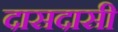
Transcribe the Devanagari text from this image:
दासदासी